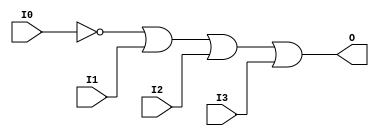

/*

FUNCTION	: 4-INPUT OR GATE

*/

`timescale  100 ps / 10 ps

`celldefine

module OR4B1 (O, I0, I1, I2, I3);


    output O;

    input  I0, I1, I2, I3;

    not N0 (i0_inv, I0);
    or O1 (O, i0_inv, I1, I2, I3);

    specify
	(I0 *> O) = (0, 0);
	(I1 *> O) = (0, 0);
	(I2 *> O) = (0, 0);
	(I3 *> O) = (0, 0);
    endspecify

endmodule

`endcelldefine